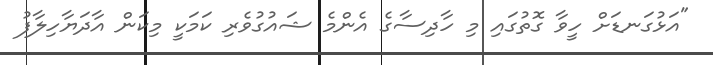
"އަޅުގަނޑަށް ހީވާ ގޮތުގައި މި ހާދިސާގެ އެންމެ ޝައުގުވެރި ކަމަކީ މިކަން އާދަޔާހިލާފު